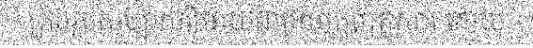
គ្រប់រូបសប្បាយរីករាយជាមួយក្រុមគ្រួសារ ដោយ